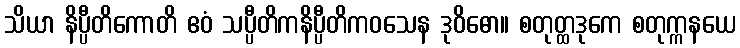
သိယာ နိပ္ပီတိကောတိ ဧဝံ သပ္ပီတိကနိပ္ပီတိကဝသေန ဒုဝိဓော။ စတုတ္ထဒုကေ စတုက္ကနယေ